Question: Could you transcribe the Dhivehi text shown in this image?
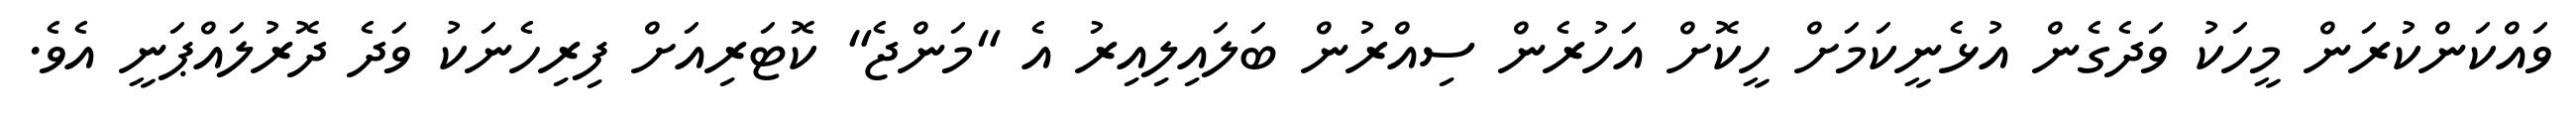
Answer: ވައްކަންކުރަން މީހަކު ވަދެގެން އުޅެނީކަމަށް ހީކޮށް އަހުރެން ސިއްރުން ބަލައިލިއިރު އެ "މަންޖެ" ކޮޓަރިއަށް ފިރިހެނަކު ވަދެ ދޮރުލައްޕަނީ އެވެ.